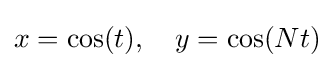
x=\cos(t),\quad y=\cos(Nt)